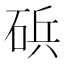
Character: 𮀠